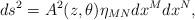
LaTeX: \begin{align*}ds^{2}=A^{2}(z,\theta )\eta _{MN}dx^{M}dx^{N}, \end{align*}